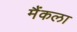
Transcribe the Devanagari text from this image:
मैंकला